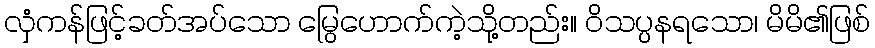
လှံကန်ဖြင့်ခတ်အပ်သော မြွေဟောက်ကဲ့သို့တည်း။ ဝိသပ္ပနရသော၊ မိမိ၏ဖြစ်